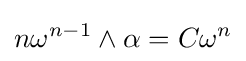
n\omega ^{n-1}\wedge \alpha =C\omega ^{n}